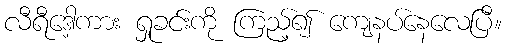
လီရီဒေါ့ကား ရှုခင်းကို ကြည့်၍ ကျေနပ်နေလေပြီ။